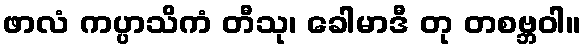
ဖာလံ ကပ္ပာသိကံ တီသု၊ ခေါမာဒီ တု တစဗ္ဘဝါ။